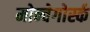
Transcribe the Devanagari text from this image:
मोन्चेगोर्स्क